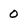
Character: 0